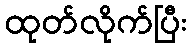
ထုတ်လိုက်ပြီး